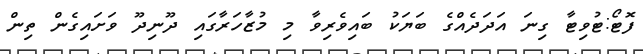
ފޮޓޯ:ޓުވިޓާ ގިނަ އަދަދެއްގެ ބަޔަކު ބައިވެރިވާ މި މުޒާހަަރާގައި ދޫނިދޫ ވަށައިގެން ތިން